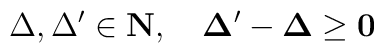
\Delta, \Delta' \in \bf{N}, \quad \Delta'-\Delta \geq 0